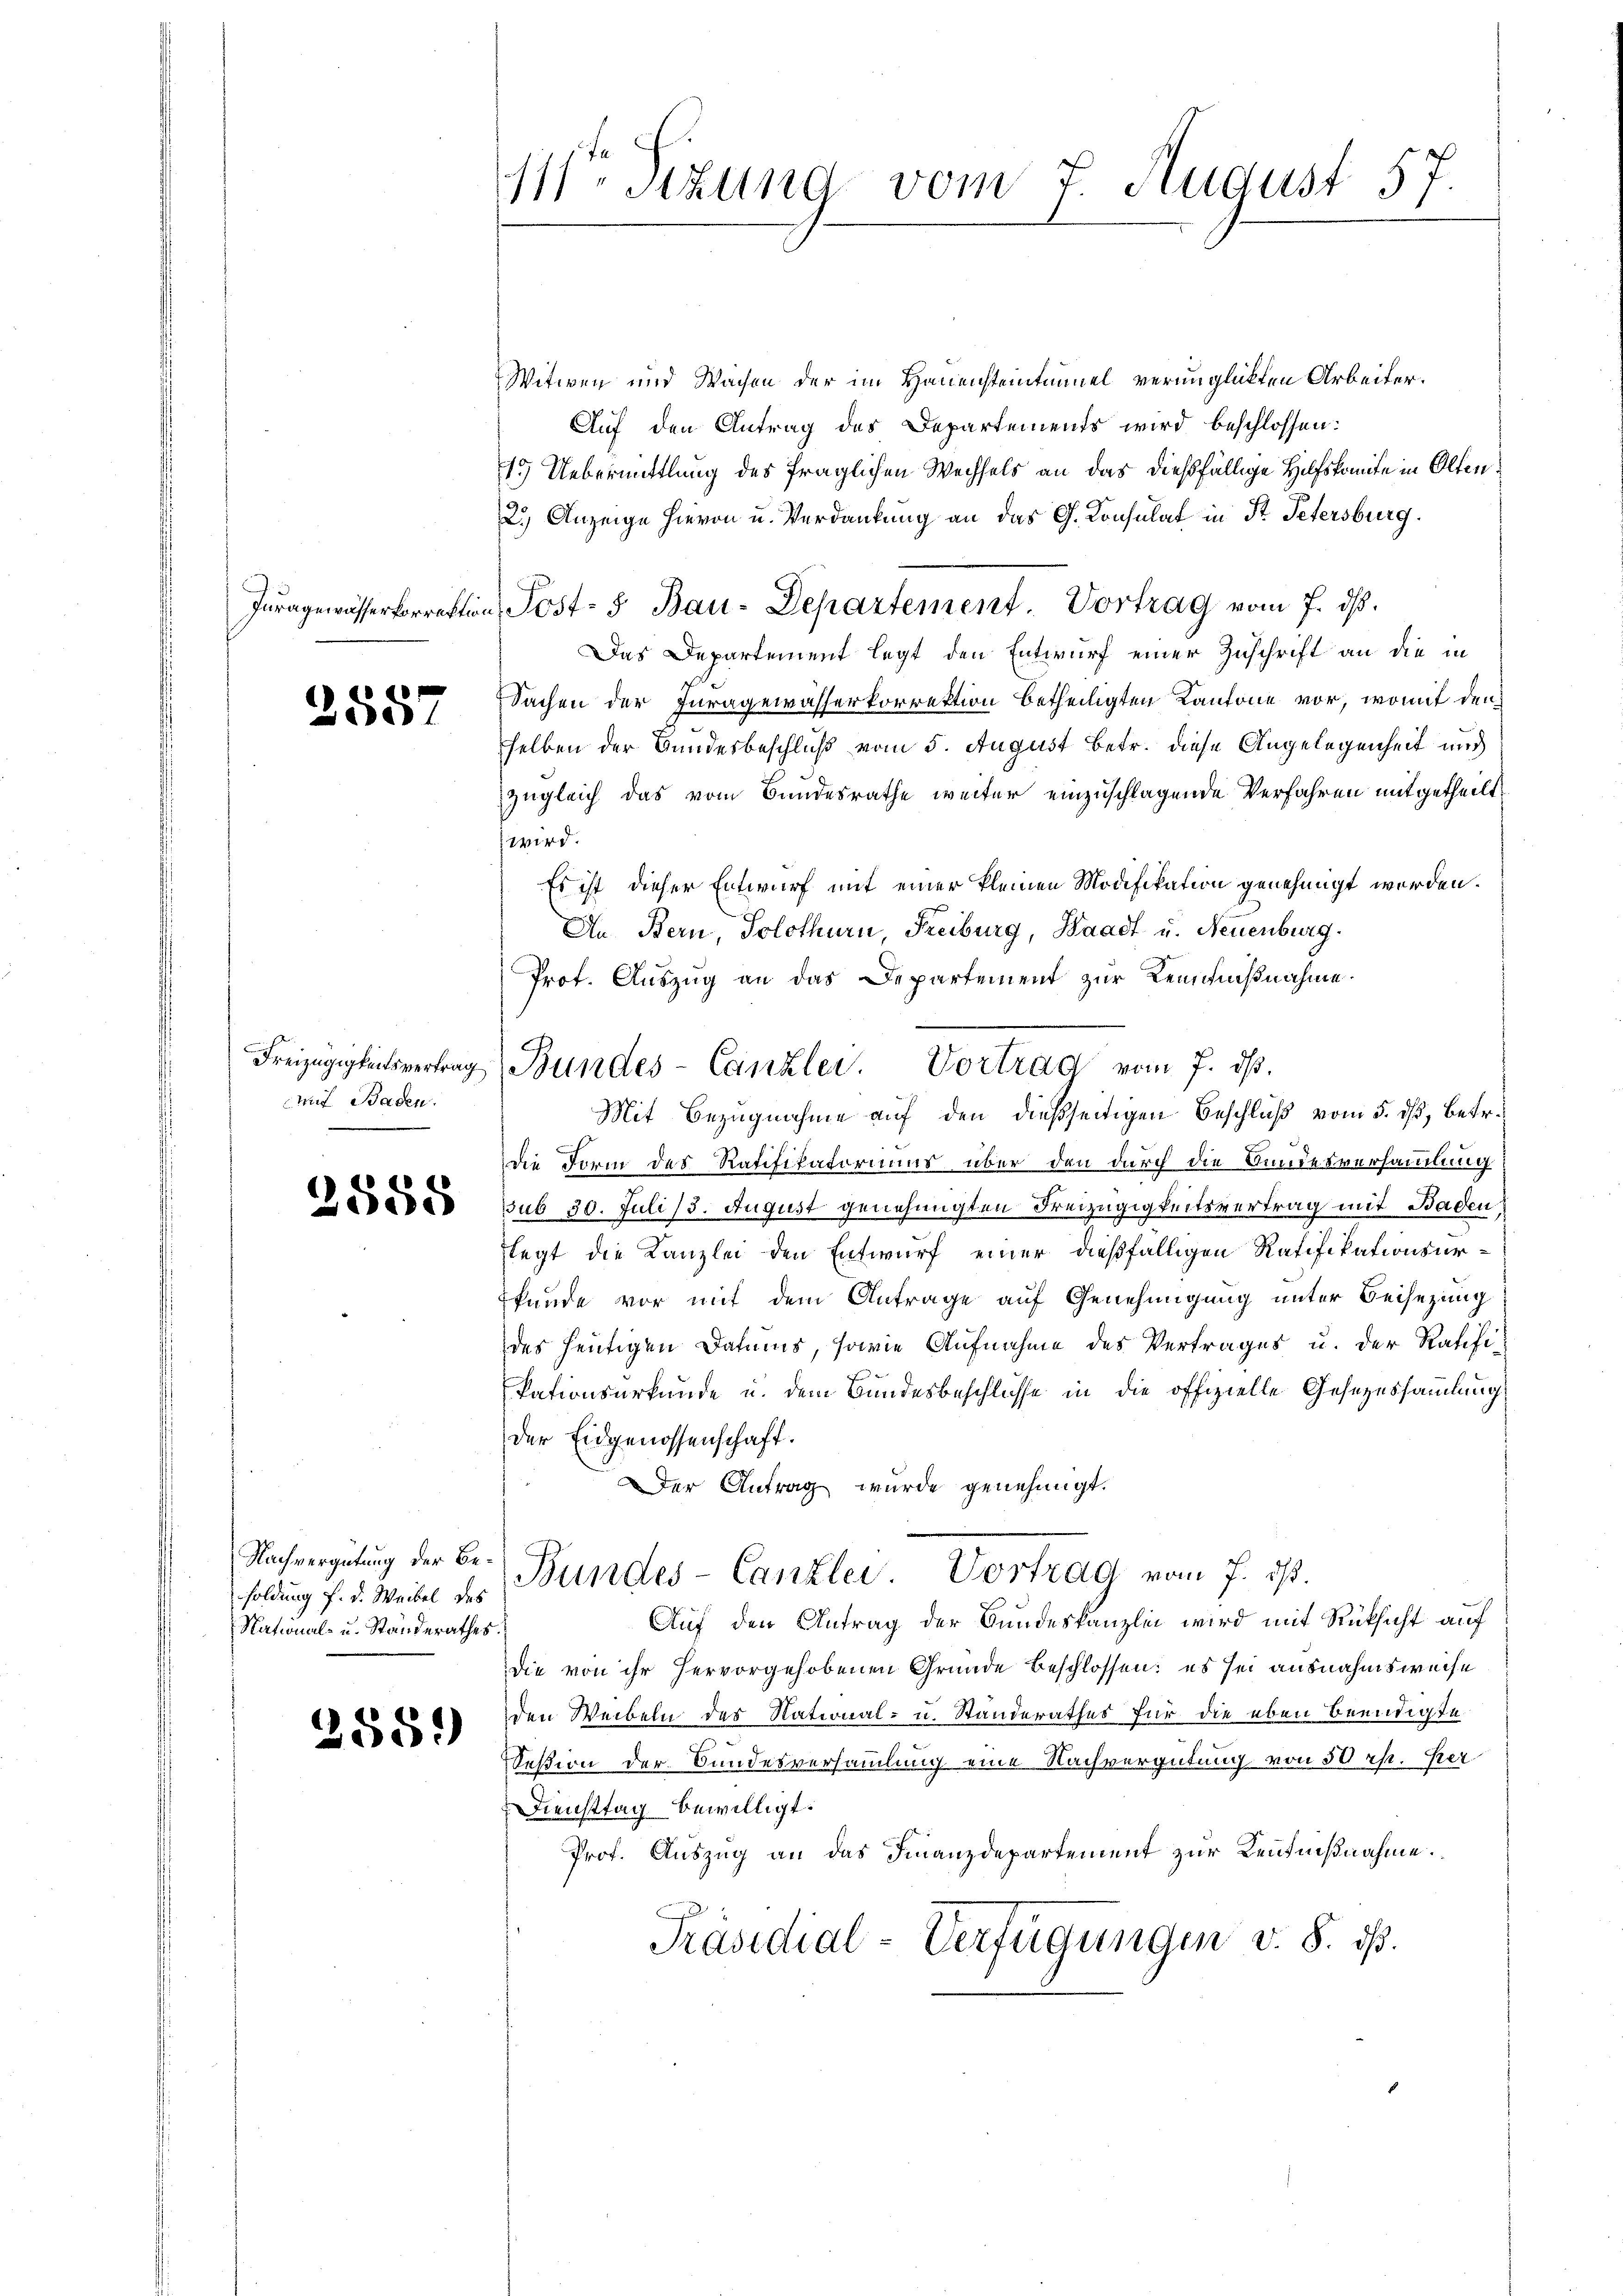
Juragewässerkorrektion

2587

Freizügigkeitsvertrag
Auf Baden.

2555

Nachvergütung der Besoldung f. d. Weibel des
National- u. Standerathes.

2889)

111 Sitzung vom 7. August 57.

Bundes-Canzlei. Vortrag vom 7. ds.
Mit Bezugnahme auf den dießseitigen Beschluß vom 5. ds, betr.

Witwen und Wachen der im Hauensteintaniel verunglükten Arbeiter.
Auf den Antrag des Departements wird beschlossen:
15 Uebermittlung des fraglichen Wechsels an das dießfällige Hilfskomite in Olten¬
2.) Anzeige hievon u. Verdankung an das G. Konsulat in St. Petersburg.
Post- 5. Bau-Departement. Vortrag vom 7. ds.
Das Departement legt den Entwurf einer Zuschrift an die in
Sachen der Iuragewässerkorrektion betheiligten Kantone vor, womit den
selben der Bundesbeschluß vom 5. August betr. diese Angelegenheit und
Zugleich das vom Bundesrathe weiter einzuschlagende Verfahren mitgetheilt
wird.
Es ist dieser Entwurf mit einer kleinen Modifikation genehmigt worden.
An Bern, Solothurn, Freiburg, Waadt u. Neuenburg
Prof. Auszug an das Departement zur Remmnißnahme.
die Form des Ratifikatoriums über den durch die Bundesversammlung
sub 30. Juli 13. August genehmigten Freizügigkeitsvertrag mit Baden
legt die Kanzlei den Entwurf einer dießfälligen Ratifikationsurkunde vor mit dem Antrage auf Genehmigung unter Beisezung
des heutigen Datums, sowie Aufnahme des Vertrages u. der Ratifikationsurkunde u. dem Bundesbeschlüsse in die offizielle Gesezessammlung
der Eidgenossenschaft.
Der Antrag wurde genehmigt.
Bundes-Canzlei Vortrag vom 7. ds.
Auf den Antrag der Bundeskanzlei wird mit Rüksicht auf
die von ihr hervorgehobenen Gründe Beschlossen: es sei ausnahmsweise
den Weibeln des National- u. Standerathes für die eben beendigte
Seßion der Bundesversammlung eine Nachvergütung von 50 rp. Her
Diensttag bewilligt.
Prof. Auszug an das Finanzdepartement zur Kenntnißnahme.
Präsidial-Verfügungen v. 8. ds.